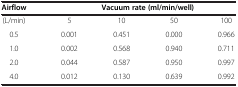
| Airflow | <COLSPAN=4> Vacuum rate (ml/min/well) |
 | --- | --- | --- | --- | --- |
 | (L/min) | 5 | 10 | 50 | 100 |
 | 0.5 | 0.001 | 0.451 | 0.000 | 0.966 |
 | 1.0 | 0.002 | 0.568 | 0.940 | 0.711 |
 | 2.0 | 0.044 | 0.587 | 0.950 | 0.997 |
 | 4.0 | 0.012 | 0.130 | 0.639 | 0.992 |